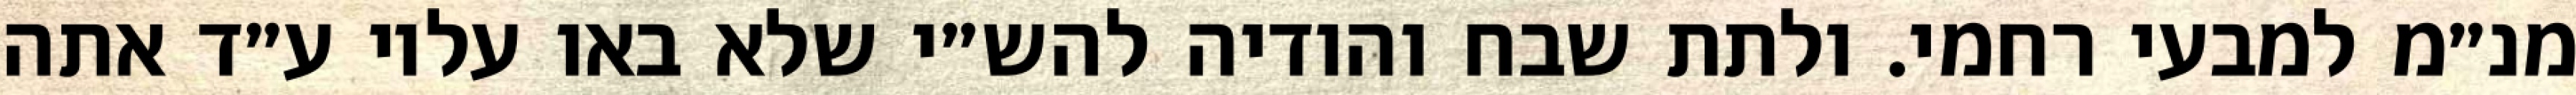
מנ״מ למבעי רחמי. ולתת שבח והודיה להש״י שלא באו עליו ע״ד אתה